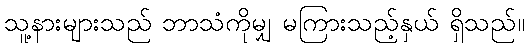
သူ့နားများသည် ဘာသံကိုမျှ မကြားသည့်နှယ် ရှိသည်။